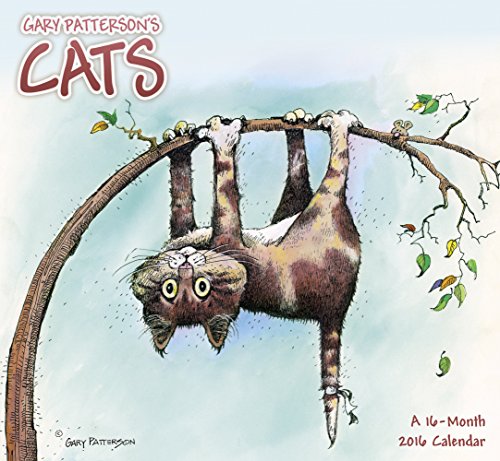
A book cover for Gary Patterson's Cats Mini Wall Calendar (2016); Day Dream; Calendars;